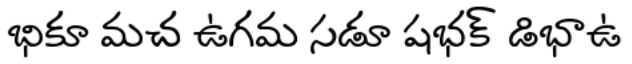
భికూ మచ ఉగమ సడూ షభక్ డిభాఉ